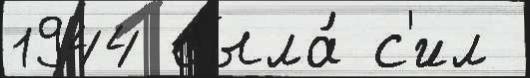
1944 была́ с'ил